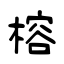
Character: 榕